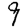
Digit: 9